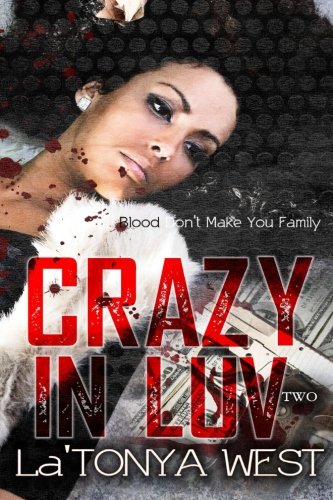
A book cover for Crazy In Luv 2: Blood Don't Make You Family; La'Tonya West; Literature & Fiction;